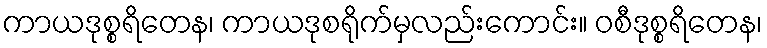
ကာယဒုစ္စရိတေန၊ ကာယဒုစရိုက်မှလည်းကောင်း။ ဝစီဒုစ္စရိတေန၊